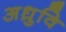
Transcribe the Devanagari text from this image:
अध्रुवि